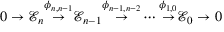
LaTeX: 0 \to { \mathcal { E } } _ { n } { \overset { \phi _ { n , n - 1 } } { \rightarrow } } { \mathcal { E } } _ { n - 1 } { \overset { \phi _ { n - 1 , n - 2 } } { \rightarrow } } \cdots { \overset { \phi _ { 1 , 0 } } { \rightarrow } } { \mathcal { E } } _ { 0 } \to 0